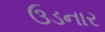
ઉડનાર